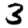
Digit: 3